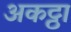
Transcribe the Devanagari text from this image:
अकट्ठा